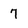
Character: 7